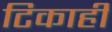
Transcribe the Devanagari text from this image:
टिकाही